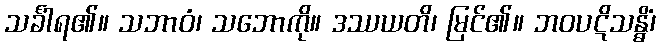
သင်္ခါရ၏။ သဘာဝံ၊ သဘောကို။ ဒဿယတိ၊ မြင်၏။ ဘဝပဋိသန္ဓိံ၊